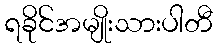
ရခိုင်အမျိုးသားပါတီ